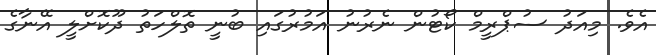
އެވެ. މިއަދު ސުޕްރީމް ކޯޓުން ނެރުނު އަމުރުގައި ބުނީ ތޮލްހަތު ދޫކޮށްލީ އޭނާގެ